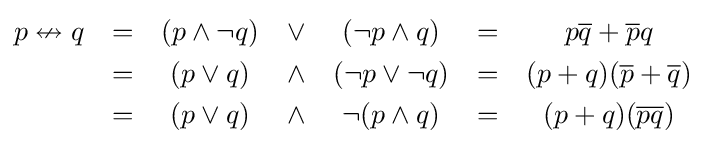
{\begin{matrix}p\nleftrightarrow q&=&(p\land \lnot q)&\lor &(\lnot p\land q)&=&p{\overline {q}}+{\overline {p}}q\\[3pt]&=&(p\lor q)&\land &(\lnot p\lor \lnot q)&=&(p+q)({\overline {p}}+{\overline {q}})\\[3pt]&=&(p\lor q)&\land &\lnot (p\land q)&=&(p+q)({\overline {pq}})\end{matrix}}